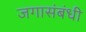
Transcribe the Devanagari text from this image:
जगासंबंधी